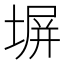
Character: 塀